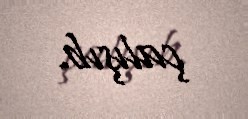
çalışıb.